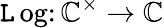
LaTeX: \operatorname{\mathtt{L}og}\colon\mathbb{{C}}^{\times}\to\mathbb{{C}}